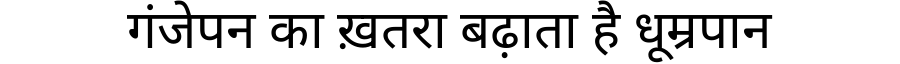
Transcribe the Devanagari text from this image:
गंजेपन का ख़तरा बढ़ाता है धूम्रपान